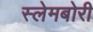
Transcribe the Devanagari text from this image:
स्‍लेमबोरी